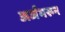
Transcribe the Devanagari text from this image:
अर्जभरून